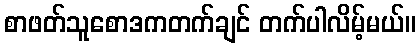
စာဖတ်သူစောဒကတက်ချင် တက်ပါလိမ့်မယ်။